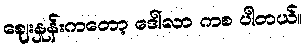
ဈေးနှုန်းကတော့ ဒေါ်လာ ကစ ပါတယ်။